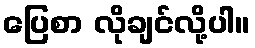
ပြေစာ လိုချင်လို့ပါ။